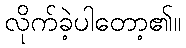
လိုက်ခဲ့ပါတော့၏။